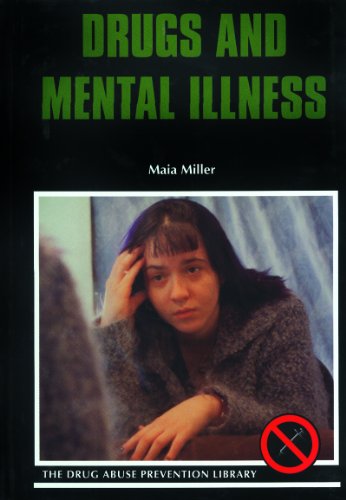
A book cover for Drugs and Mental Illness (Drug Abuse Prevention Library); Maia Miller; Teen & Young Adult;